Mental hospitals Bombay report 1929-33 - 1929-1933
Year: 1929
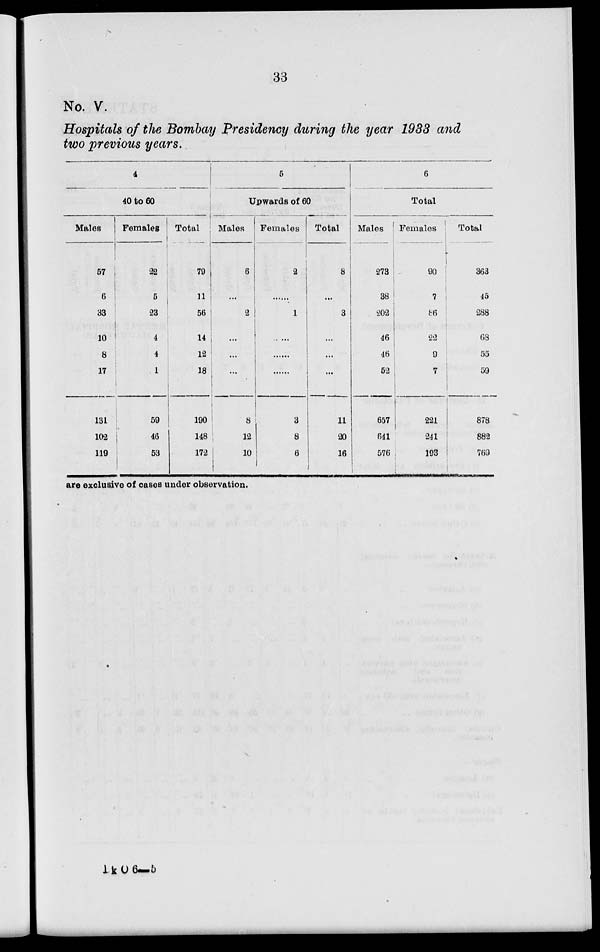
33
No. V.
Hospitals of the Bombay Presidency during the year 1933 and
two previous years.
4
40 to 60
Males
57
6
33
10
8
17
131
102
119
Females
22
5
23
4
4
1
59
46
53
Total
79
11
56
14
12
18
190
148
172
5
Upwards of 60
Males
6
...
2
...
...
...
8
12
10
Females
2
......
1
......
......
......
3
8
6
Total
8
...
3
...
...
...
11
20
16
6
Total
Males
273
38
202
46
46
52
657
641
576
Females
90
7
86
22
9
7
221
241
193
Total
363
45
288
68
55
59
878
882
769
are exclusive of cases under observation.
1 k O 6 —5